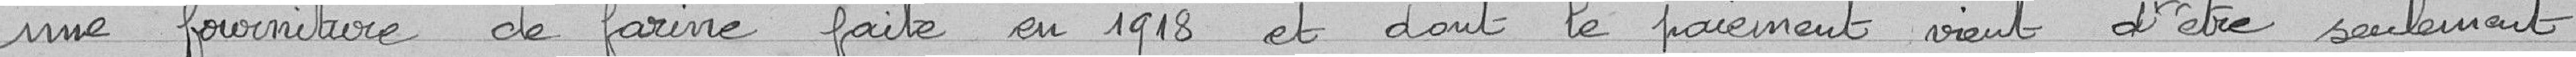
une fourniture de farine faite en 1918 et dont le paiement vient d'être seulement